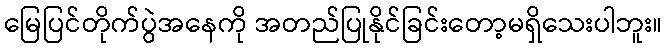
မြေပြင်တိုက်ပွဲအနေကို အတည်ပြုနိုင်ခြင်းတော့မရှိသေးပါဘူး။